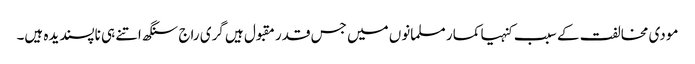
مودی مخالفت کے سبب کنہیا کمار مسلمانوں میں جس قدر مقبول ہیں گری راج سنگھ اتنے ہی ناپسندیدہ ہیں۔